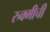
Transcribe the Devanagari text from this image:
रुक्मीची